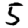
Digit: 5